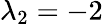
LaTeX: \lambda_{2}=-2